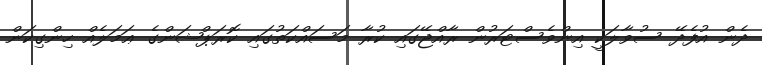
ދެން އުފެދޭ ސުވާލަކީ އިންވެސްޓަރުން ރާއްޖޭގައި ކުރާ މަސައްކަތުގައި ކޮރަޕްޝަންގެ ޢަމަލެއް ހިންގިކަން